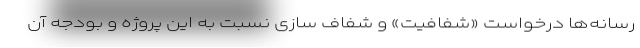
رسانه‌ها درخواست «شفافیت» و شفاف سازی نسبت به این پروژه و بودجه آن